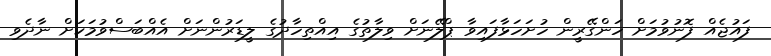
ފައުޖެއް ފޮނުވުމަށް ހަންގޭރީން ހުށަހަޅާފައިވާ ޕްލޭނަށް ވިލާތުގެ އިއްތިހާދުގެ ލީޑަރުންނަށް އެއްބަސްވުމަކަށް ނާދެވި